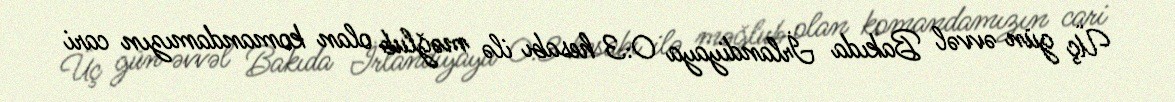
Üç gün əvvəl Bakıda İrlandiyaya 0:3 hesabı ilə məğlub olan komandamızın cari